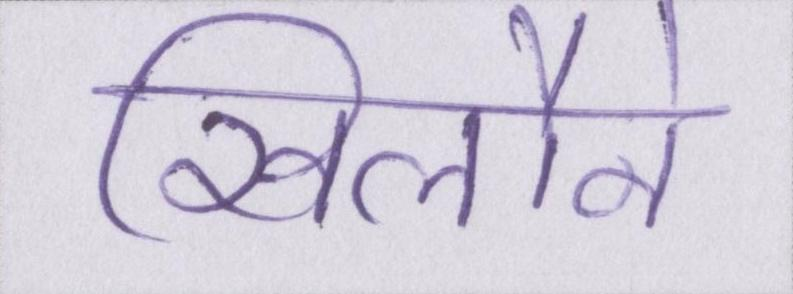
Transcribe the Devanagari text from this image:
खिलौने